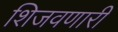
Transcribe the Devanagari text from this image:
शिजवणारी